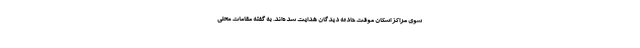
سوی مراکز اسکان موقت حادثه دیدگان هدایت شده‌اند. به گفته مقامات محلی